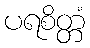
ပရစိတ္တံ